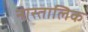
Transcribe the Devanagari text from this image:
नास्तालिक